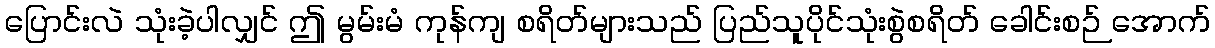
ပြောင်းလဲ သုံးခဲ့ပါလျှင် ဤ မွမ်းမံ ကုန်ကျ စရိတ်များသည် ပြည်သူပိုင်သုံးစွဲစရိတ် ခေါင်းစဉ် အောက်